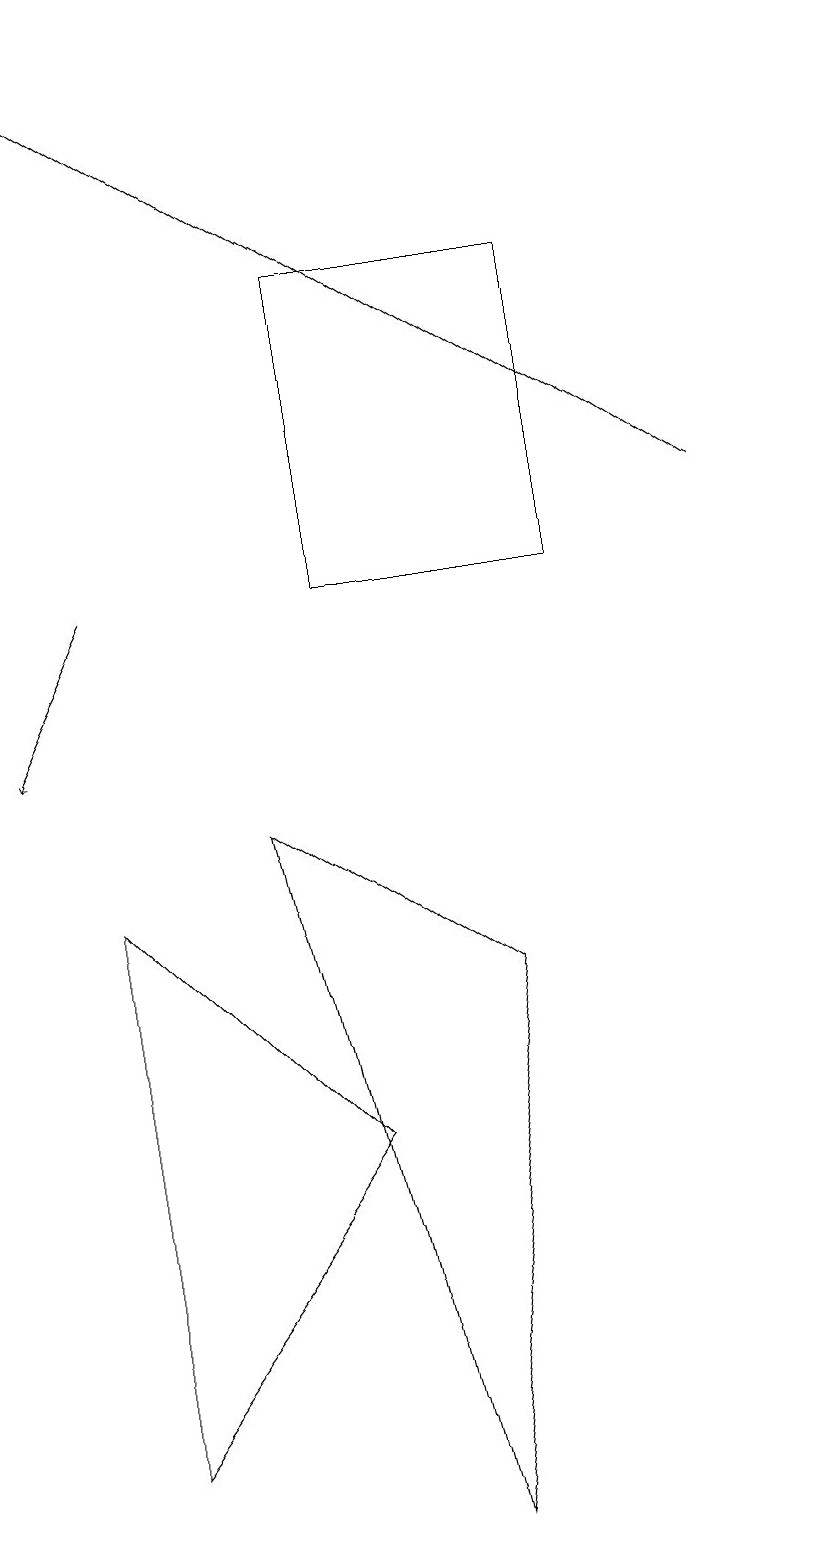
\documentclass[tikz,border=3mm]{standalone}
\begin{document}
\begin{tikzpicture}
\draw (4,12) rectangle (7,16);
\draw (4,5) -- (1,8) -- (1,1) -- cycle;
\draw[->] (1,12) -- (0,10);
\draw[->] (9,13) -- (0,19);
\draw (10,10) circle (0);
\draw (6,7) -- (5,0) -- (3,9) -- cycle;
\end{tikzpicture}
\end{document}